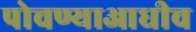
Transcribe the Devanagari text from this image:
पोचण्याआधीच